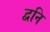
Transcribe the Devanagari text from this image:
द्वनि